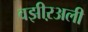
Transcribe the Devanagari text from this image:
वझीऱअली